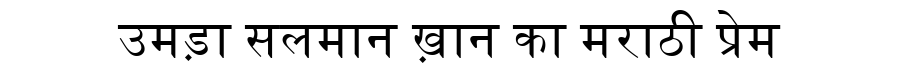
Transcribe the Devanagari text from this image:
उमड़ा सलमान ख़ान का मराठी प्रेम